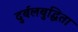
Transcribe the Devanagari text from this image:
दुर्बलबुद्धिता